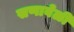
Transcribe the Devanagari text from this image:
सणावेळी